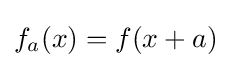
f_{a}(x)=f(x+a)